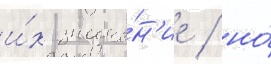
и́х значе́н'ие / но́